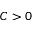
C > 0